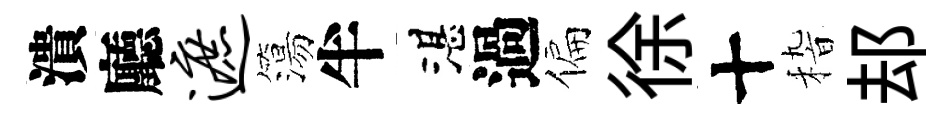
潰廳遮簜半湛過偏徐十𥟵𨚫